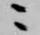
ニ